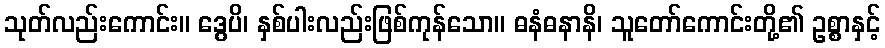
သုတ်လည်းကောင်း။ ဒွေပိ၊ နှစ်ပါးလည်းဖြစ်ကုန်သော။ ဓနံဓနာနိ၊ သူတော်ကောင်းတို့၏ ဥစ္စာနှင့်